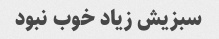
سبزیش زیاد خوب نبود